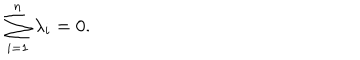
LaTeX: \sum _ { i = 1 } ^ { n } \lambda _ { i } = 0 .